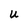
Character: U